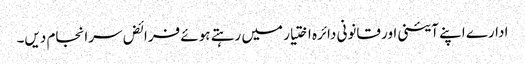
ادارے اپنے آئینی اور قانونی دائرہ اختیار میں رہتے ہوئے فرائض سرانجام دیں۔